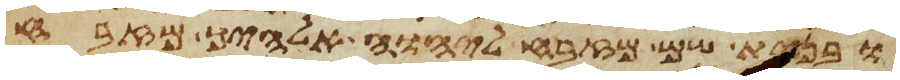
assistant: ובנית שם מזבח ליהוה אלהיך מזבח